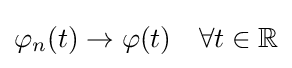
\varphi _{n}(t)\to \varphi (t)\quad \forall t\in \mathbb {R}